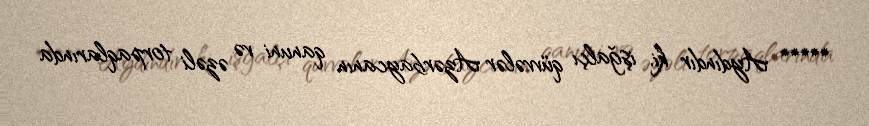
***** Aydındır ki, işğalçı qüvvələr Azərbaycanın qanuni və əzəli torpaqlarında